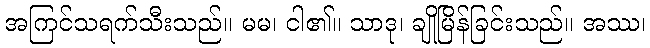
အကြင်သရက်သီးသည်။ မမ၊ ငါ၏။ သာဒု၊ ချိုမြိန်ခြင်းသည်။ အဿ၊